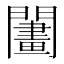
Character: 𨶬